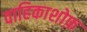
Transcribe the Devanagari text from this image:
वाहिकाशोफ़